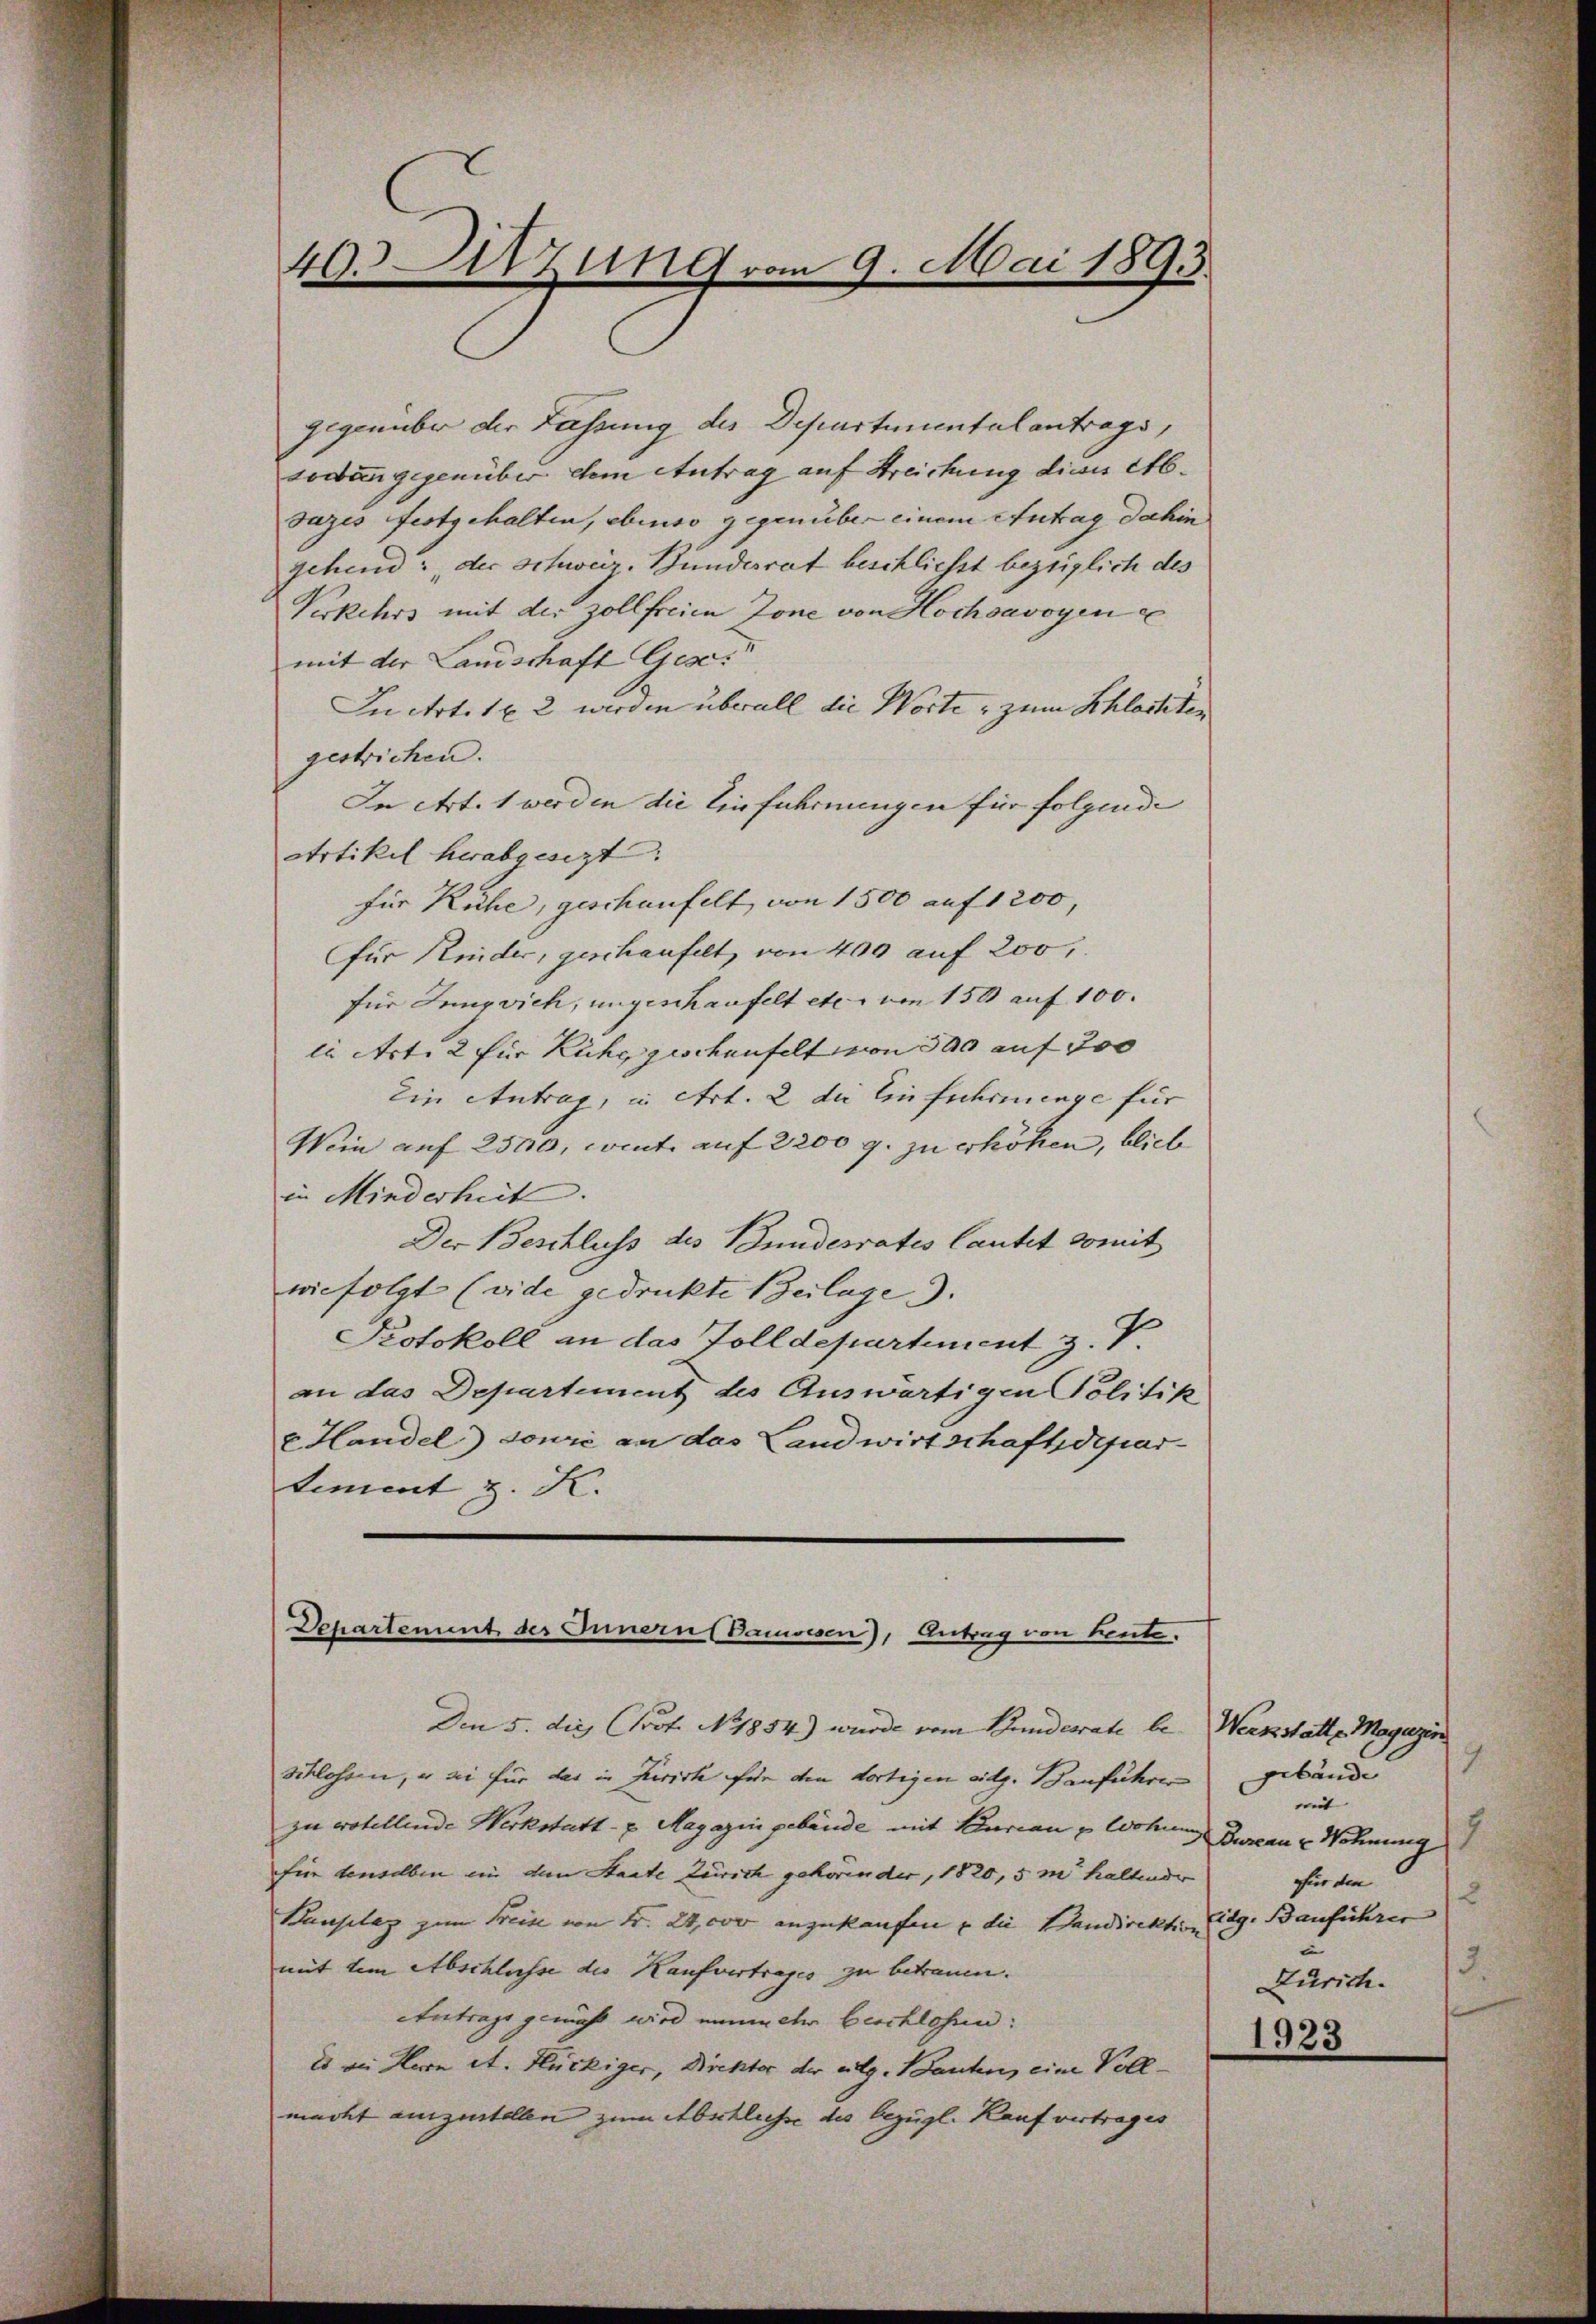
40. Sitzung vom 9. Mai 1893

gegenüber der Fassung des Departimentalantrags,
sodann gegenüber dem Antrag auf Streichung diese Absuzes festgehalten, ebenso gegenüber einem Antrag dahin
gehend: der Schweiz. Bundesrat beschliesst bezüglich des
Verkehrs mit der zollfreien Zone von Hochsavoyen e
mit der Landschaft Gese
In Art. 162 werden überall die Worte, zum Schlasteten
gestrichen.
In Art. 1 werden die Einführungen für folgende
Artikel herabgesezt.
für Kühe, geschaufelt von 1500 auf 1200,
für Kinder, geschaufelt, von 400 auf 200.
für Jungvieh, ungeschaufelt etc. von 150 auf 100.
ii Art. 2 für Ruhe geschenfelt von 300 auf 300
Ein Antrag, in Art. 2 der Einfuhrenge für
Wein auf 2500, conte auf 2200 g. zu erhöhen, blieb
in Minderheit.
Der Beschluss des Bundesrates lautet somit
wiefolgt (vide gedruckte Beilage.
Protokoll an das Tolldepartement z. V.
an das Departement des Auswärtigen Politik
v. Handel) sowie an das Landwirtschaftsdepar
tiement z. K.

Departement des Innern (Danwesen), Antrag von beute.

Den 5. die Prof. N. 1854) wurde vom Bundesrate be
Schlossen, er sei für das in Zürich für den fortigen eidg. Bauführen
zu wotellende Werkstatt- u Magazin gebäude mit Burian u Wohnung
für denselben ein dem Staate Zürich gehörender, 1820,5 m haltende
Bauplaz zum Freise von Fr. 24,000 anzukaufen u die Standirektion
mit dem Abschlüsse die Kaufvertrages zu betraum.
Antrags gemäß wird ein ihr beschlossen:
e ein Hern et. Hückiger, Direktor der vlg. Bauten, eine Vollmacht auszustellen zum Abschliesse des bezügl. Kaufvertrages

Werkstatte Magazin
19
gebäude
mit
Darcan Wohnung
Für den
2
Eidg. Bauführer
3
Zürich.
1923